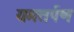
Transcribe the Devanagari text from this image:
यमतर्पण